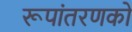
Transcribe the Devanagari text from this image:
रूपांतरणको